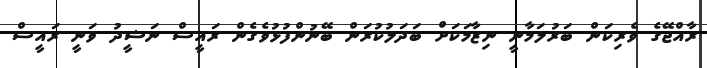
ރާއްޖޭގެ ވެރިކަން ބަރުލަމާނީ ނިޒާމަކަށް ބަދަލުކުރަން ބޭނުންފުޅުވެގެން ރައީސް ނަޝީދު ވަނީ ރައީސް